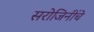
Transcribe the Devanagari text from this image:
सरोजिनींचे